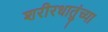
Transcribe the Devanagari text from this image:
शरीरधातुंच्या